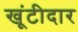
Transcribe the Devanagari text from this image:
खूंटीदार